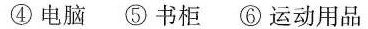
④电脑⑤书柜⑥运动用品